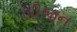
લીજન